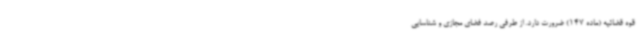
قوه قضائیه (ماده 147) ضرورت دارد. از طرفی رصد فضای مجازی و شناسایی